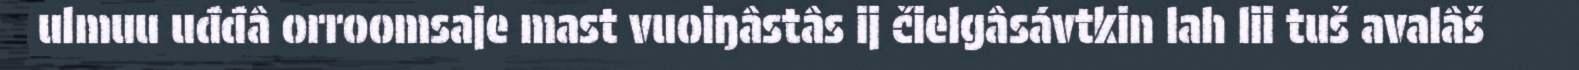
ulmuu uđđâ orroomsaje mast vuoiŋâstâs ij čielgâsávtkin lah lii tuš avalâš